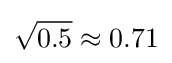
{\sqrt {0.5}}\approx 0.71